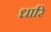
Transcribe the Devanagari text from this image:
धारि